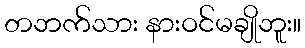
တဘက်သား နားဝင်မချိုဘူး။